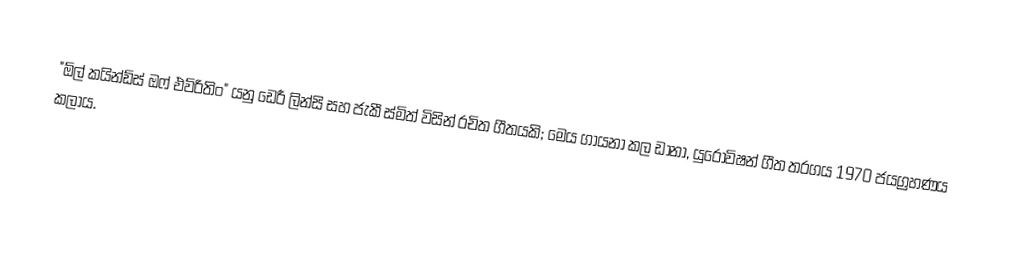
"ඕල් කයින්ඩ්ස් ඔෆ් එව්රිතිං" යනු ඩෙරී ලින්සි සහ ජැකී ස්මිත් විසින් රචිත ගීතයකි; මෙය ගායනා කල ඩානා, යුරෝවිෂන් ගීත තරගය 1970 ජයග්‍රහණය කලාය.